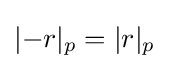
|{-r}|_{p}=|r|_{p}